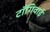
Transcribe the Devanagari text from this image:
टाँगिवाई